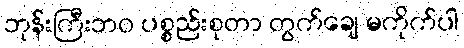
ဘုန်းကြီးဘဝ ပစ္စည်းစုတာ တွက်ချေ မကိုက်ပါ